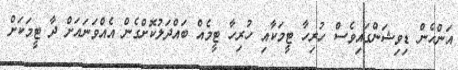
އަންހެން ޑިވިޝަންގައިވެސް ހުރިހާ ޓީމަކާއި ހުރިހާ ޓީމެއް ބައްދަލުކޮށްގެން އެއްވަނައަށް ދާ ޓީމަކަށް